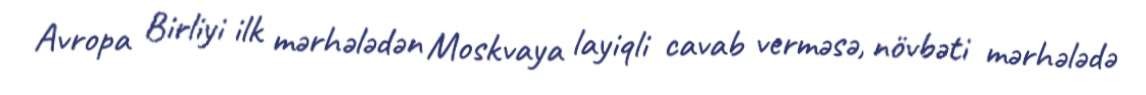
Avropa Birliyi ilk mərhələdən Moskvaya layiqli cavab verməsə, növbəti mərhələdə